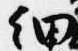
細